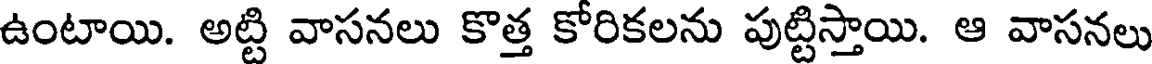
ఉంటాయి. అట్టి వాసనలు కొత్త కోరికలను పుట్టిస్తాయి. ఆ వాసనలు